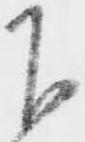
下